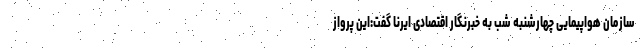
سازمان هواپیمایی چهارشنبه شب به خبرنگار اقتصادی ایرنا گفت:این پرواز